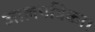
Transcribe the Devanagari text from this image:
जालपत्रिका।